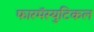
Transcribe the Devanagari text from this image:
फारमॅस्युटिकल